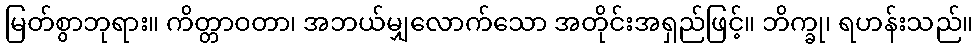
မြတ်စွာဘုရား။ ကိတ္တာဝတာ၊ အဘယ်မျှလောက်သော အတိုင်းအရှည်ဖြင့်။ ဘိက္ခု၊ ရဟန်းသည်။